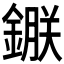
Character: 𨫇